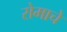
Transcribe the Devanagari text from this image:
रोमाचे